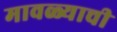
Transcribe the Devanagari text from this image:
मावळ्याची